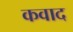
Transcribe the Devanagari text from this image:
कवाद